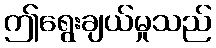
ဤရွေးချယ်မှုသည်